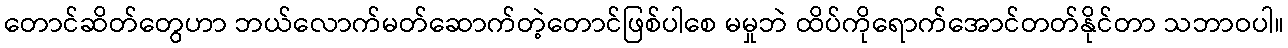
တောင်ဆိတ်တွေဟာ ဘယ်လောက်မတ်ဆောက်တဲ့တောင်ဖြစ်ပါစေ မမှုဘဲ ထိပ်ကိုရောက်အောင်တတ်နိုင်တာ သဘာဝပါ။